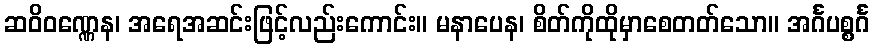
ဆဝိဝဏ္ဏေန၊ အရေအဆင်းဖြင့်လည်းကောင်း။ မနာပေန၊ စိတ်ကိုထိုမှာစေတတ်သော။ အင်္ဂပစ္စင်္ဂ